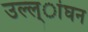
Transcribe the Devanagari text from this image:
उल्ल्ांघन